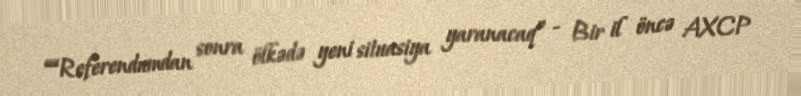
““Referendumdan sonra ölkədə yeni situasiya yaranacaq” - Bir il öncə AXCP